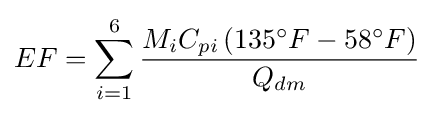
EF=\sum \limits _{i=1}^{6}{\frac {M_{i}C_{pi}\left(135^{\circ }F-58^{\circ }F\right)}{Q_{dm}}}